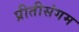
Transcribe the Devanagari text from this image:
प्रीतीसंगम